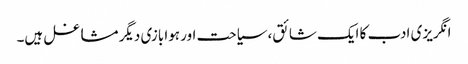
انگریزی ادب کا ایک شائق، سیاحت اور ہوا بازی دیگر مشاغل ہیں۔